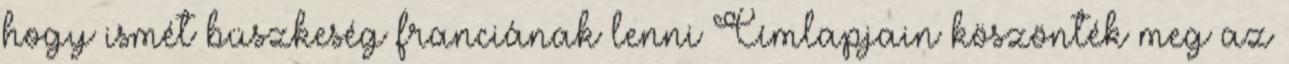
hogy ismét büszkeség franciának lenni Címlapjain köszönték meg az